Jaan_Tonisson_(Lasteleht), lk 105
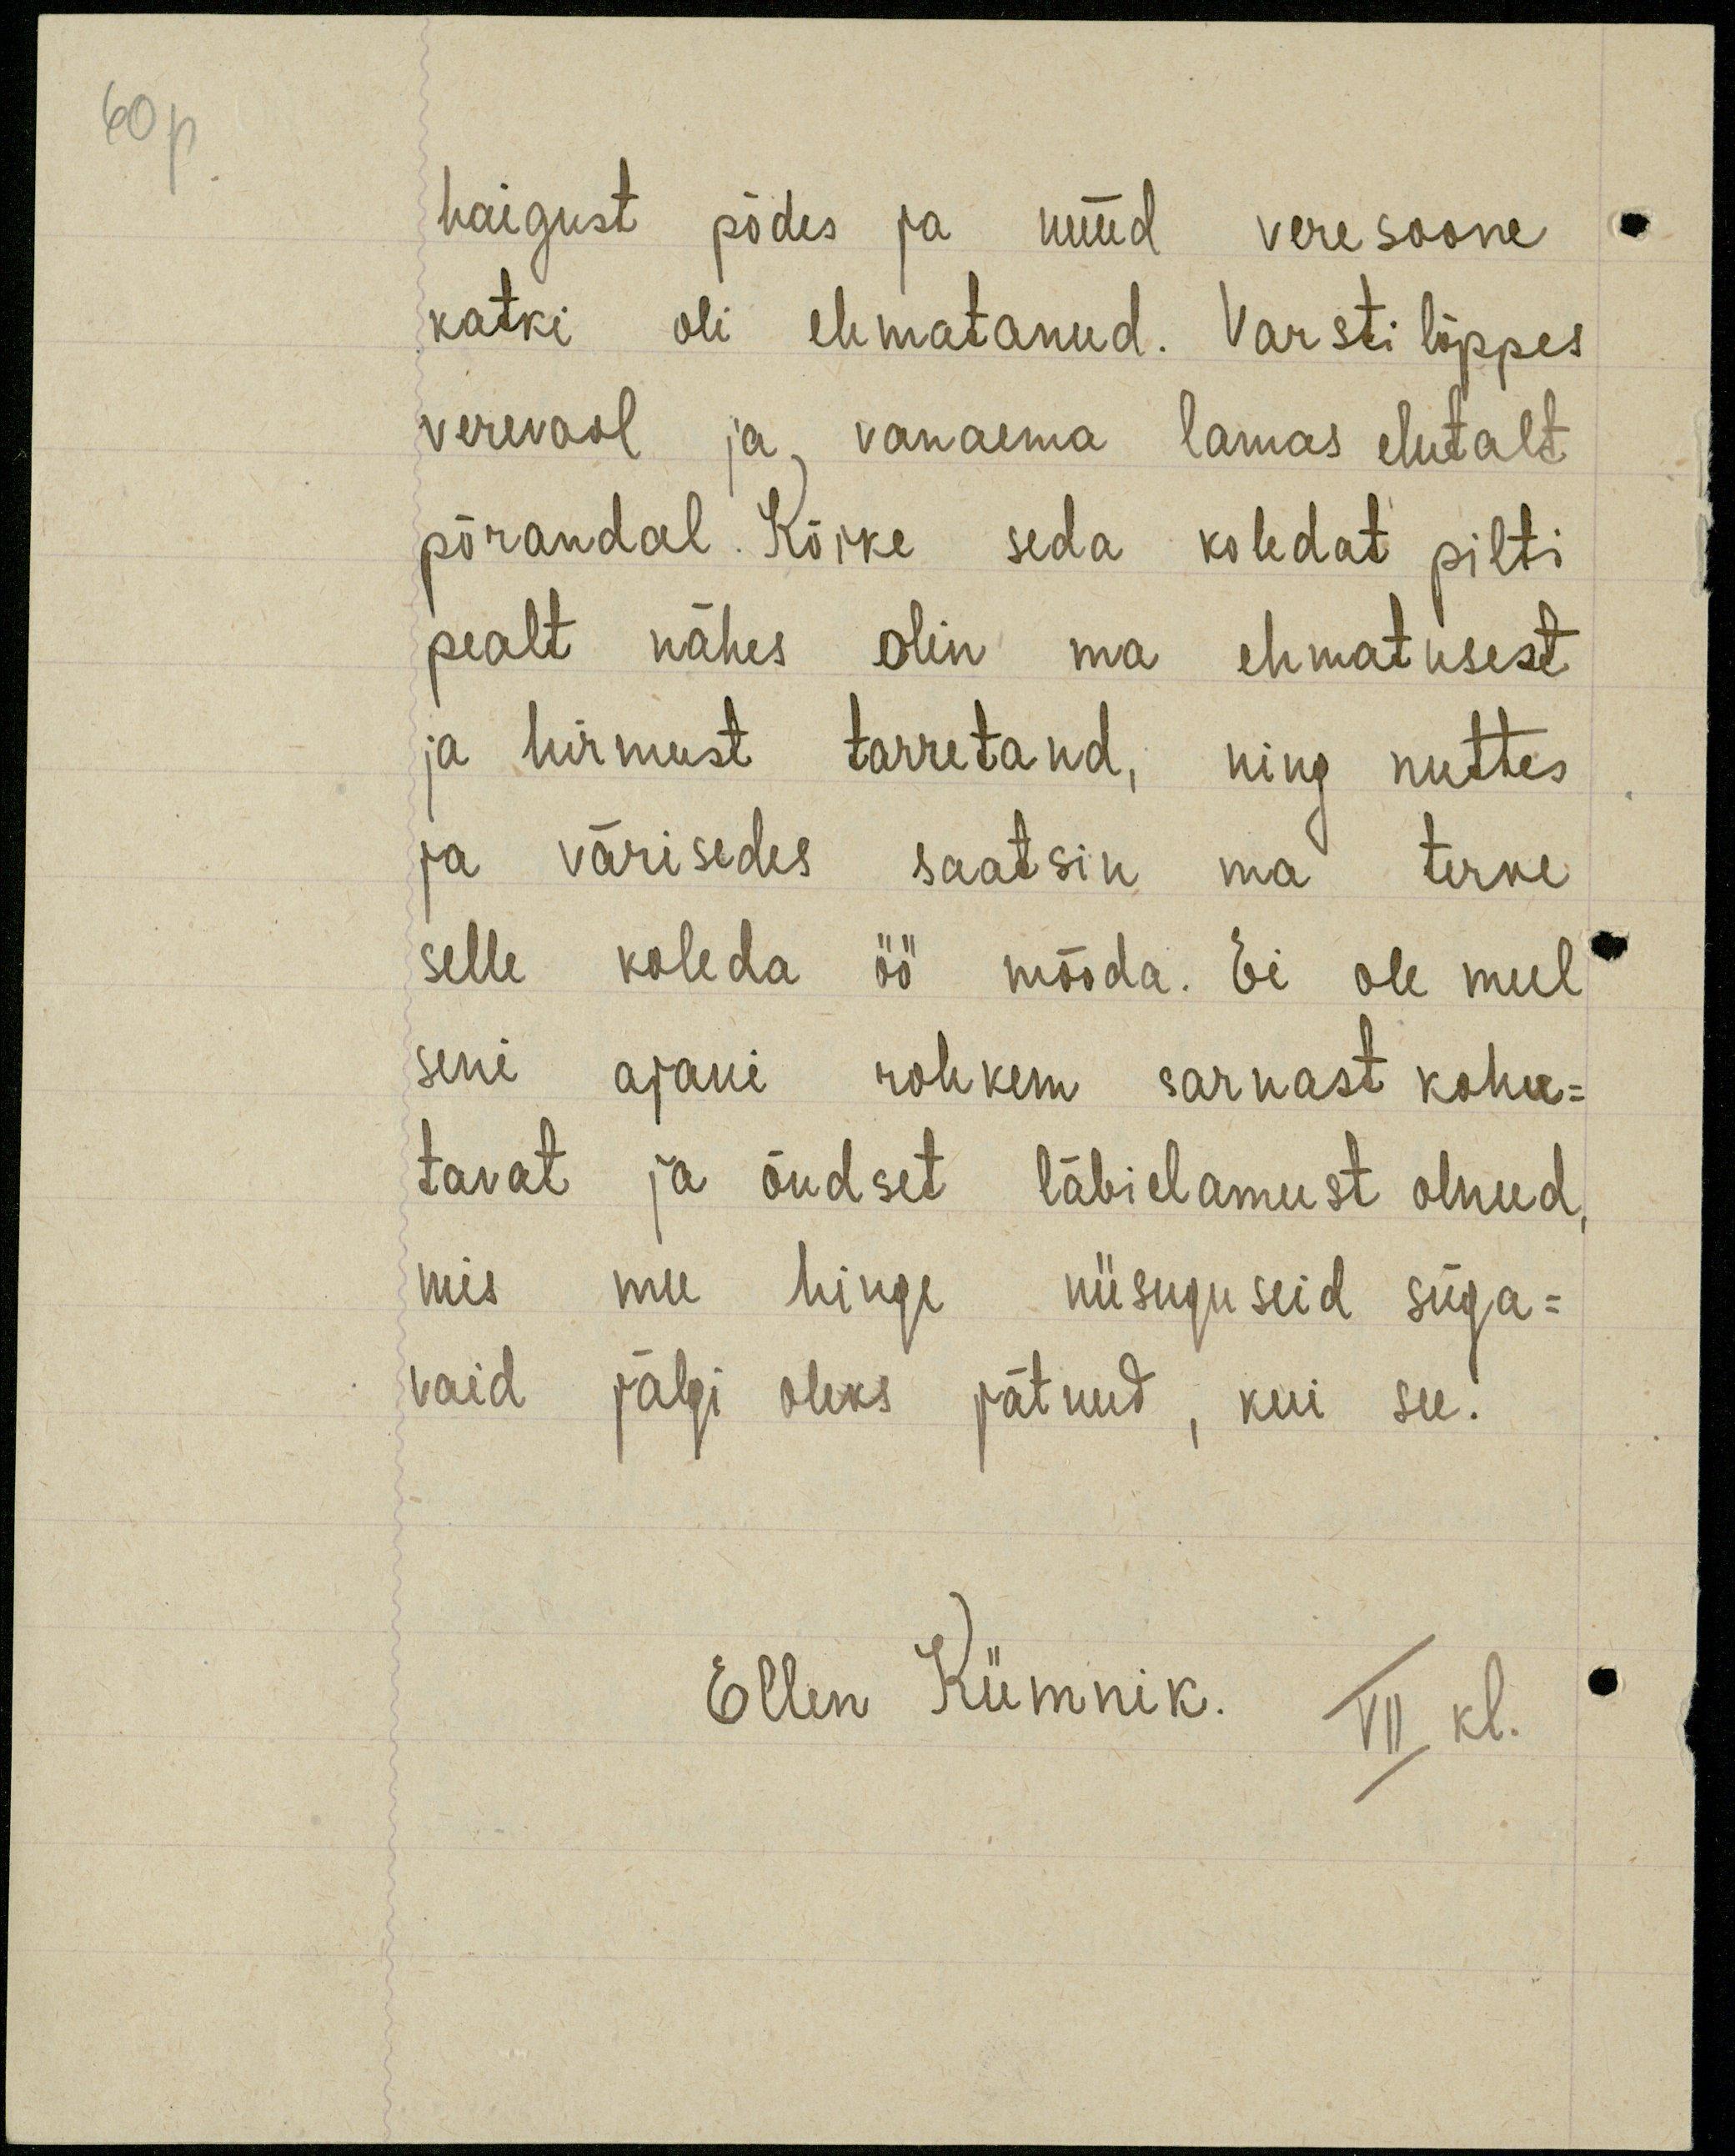
60p

haigust põdes ja nüüd veresoone
katki oli ehmatanud. Varsti lõppes
verevool ja vanaema lamas elutalt
põrandal. Kõike seda koledat pilti
pealt nähes olin ma ehmatusest
ja hirmust tarretand, ning nuttes
ja värisedes saatsin ma terve
selle koleda öö mööda. Ei ole mul
seni ajani rohkem sarnast kohu-
tavat ja õudset läbielamust olnud,
mis mu hinge niisuguseid süga-
vaid jälgi oleks jätnud, kui see.
Ellen Kümnik. VII kl.